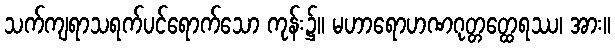
သက်ကျရာသရက်ပင်ရောက်သော ကုန်း၌။ မဟာရောဟဏဂုတ္တတ္ထေရဿ၊ အား။